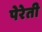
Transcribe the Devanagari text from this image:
पेरेती